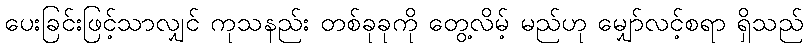
ပေးခြင်းဖြင့်သာလျှင် ကုသနည်း တစ်ခုခုကို တွေ့လိမ့် မည်ဟု မျှော်လင့်စရာ ရှိသည်